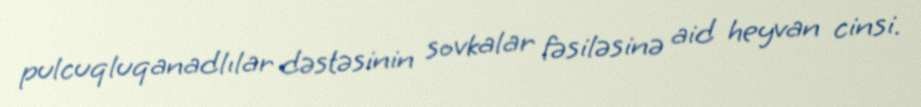
pulcuqluqanadlılar dəstəsinin sovkalar fəsiləsinə aid heyvan cinsi.